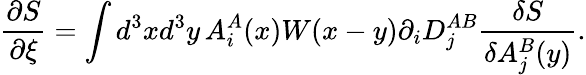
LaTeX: \frac{\partial S}{\partial\xi}=\int d^{3}xd^{3}y\, A_{i}^{A}(x)W(x-y)\partial_{i}D_{j}^{AB}\frac{\delta S}{\delta A_{j}^{B}(y)}.